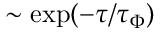
\sim \exp ( - \tau / \tau _ { \Phi } )